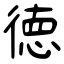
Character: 徳